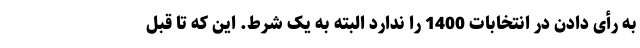
به رأی دادن در انتخابات 1400 را ندارد البته به یک شرط. این که تا قبل